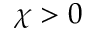
\chi > 0